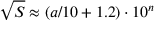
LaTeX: { \sqrt { S } } \approx ( a / 1 0 + 1 . 2 ) \cdot 1 0 ^ { n }